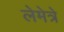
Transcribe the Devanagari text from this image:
लेमेत्रे